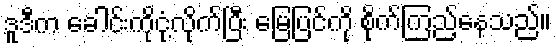
ဒူဒီက ခေါင်းကိုငုံ့လိုက်ပြီး မြေပြင်ကို စိုက်ကြည့်နေသည်။